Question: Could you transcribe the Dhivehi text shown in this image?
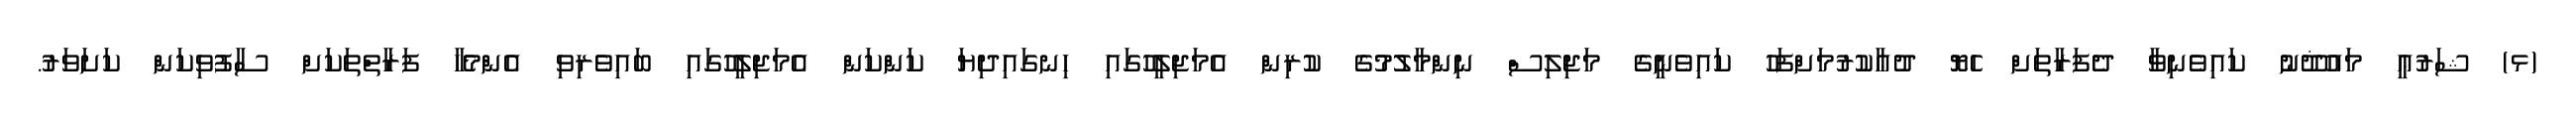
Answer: (ޅ) ޝަރުޢީ މައުޛޫނު ކައިވެނިވާ ދެފަރާތަށް ހެޔޮ ދުޢާކުރުމަށްފަހު ކައިވެނީގެ މަޖިލިސް ނިންމާލުމުގެ ކުރިން އެމަޖިލީހުގައި ހިނގައިދިޔަ ކަންކަން އެމަޖިލީހުގައި ބައިވެރިވި އެންމެހާ ފަރާތްތަކަށް ސާފުވިކަން ކަށަވަރު.